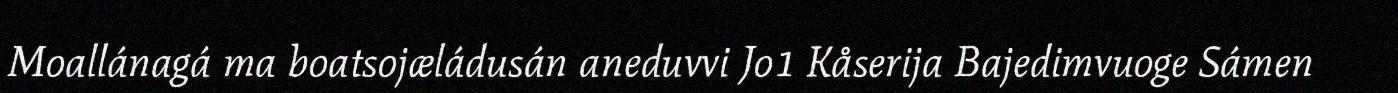
Moallánagá ma boatsojæládusán aneduvvi Jo1 Kåserija Bajedimvuoge Sámen